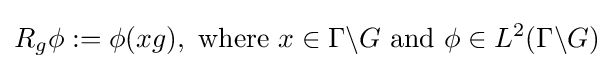
R_{g}\phi :=\phi (xg),{\text{ where }}x\in \Gamma \backslash G{\text{ and }}\phi \in L^{2}(\Gamma \backslash G)